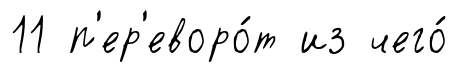
11 п'ер'еворо́т из чего́